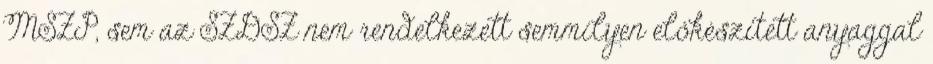
MSZP, sem az SZDSZ nem rendelkezett semmilyen előkészített anyaggal